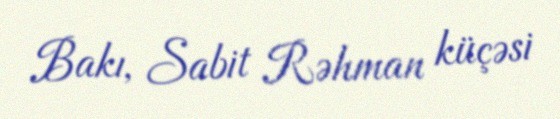
Bakı, Sabit Rəhman küçəsi